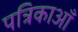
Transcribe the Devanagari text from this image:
पत्रिकाऑं